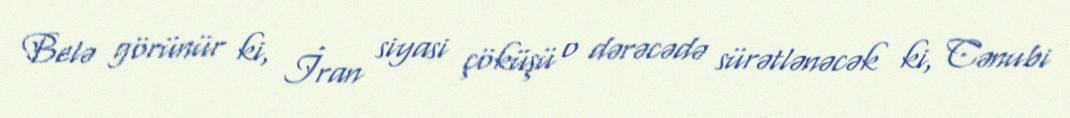
Belə görünür ki, İran siyasi çöküşü o dərəcədə sürətlənəcək ki, Cənubi